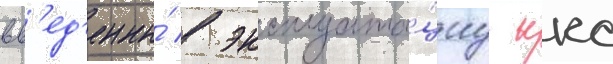
вв'ед'ены́ в эксплуата́циу ккс